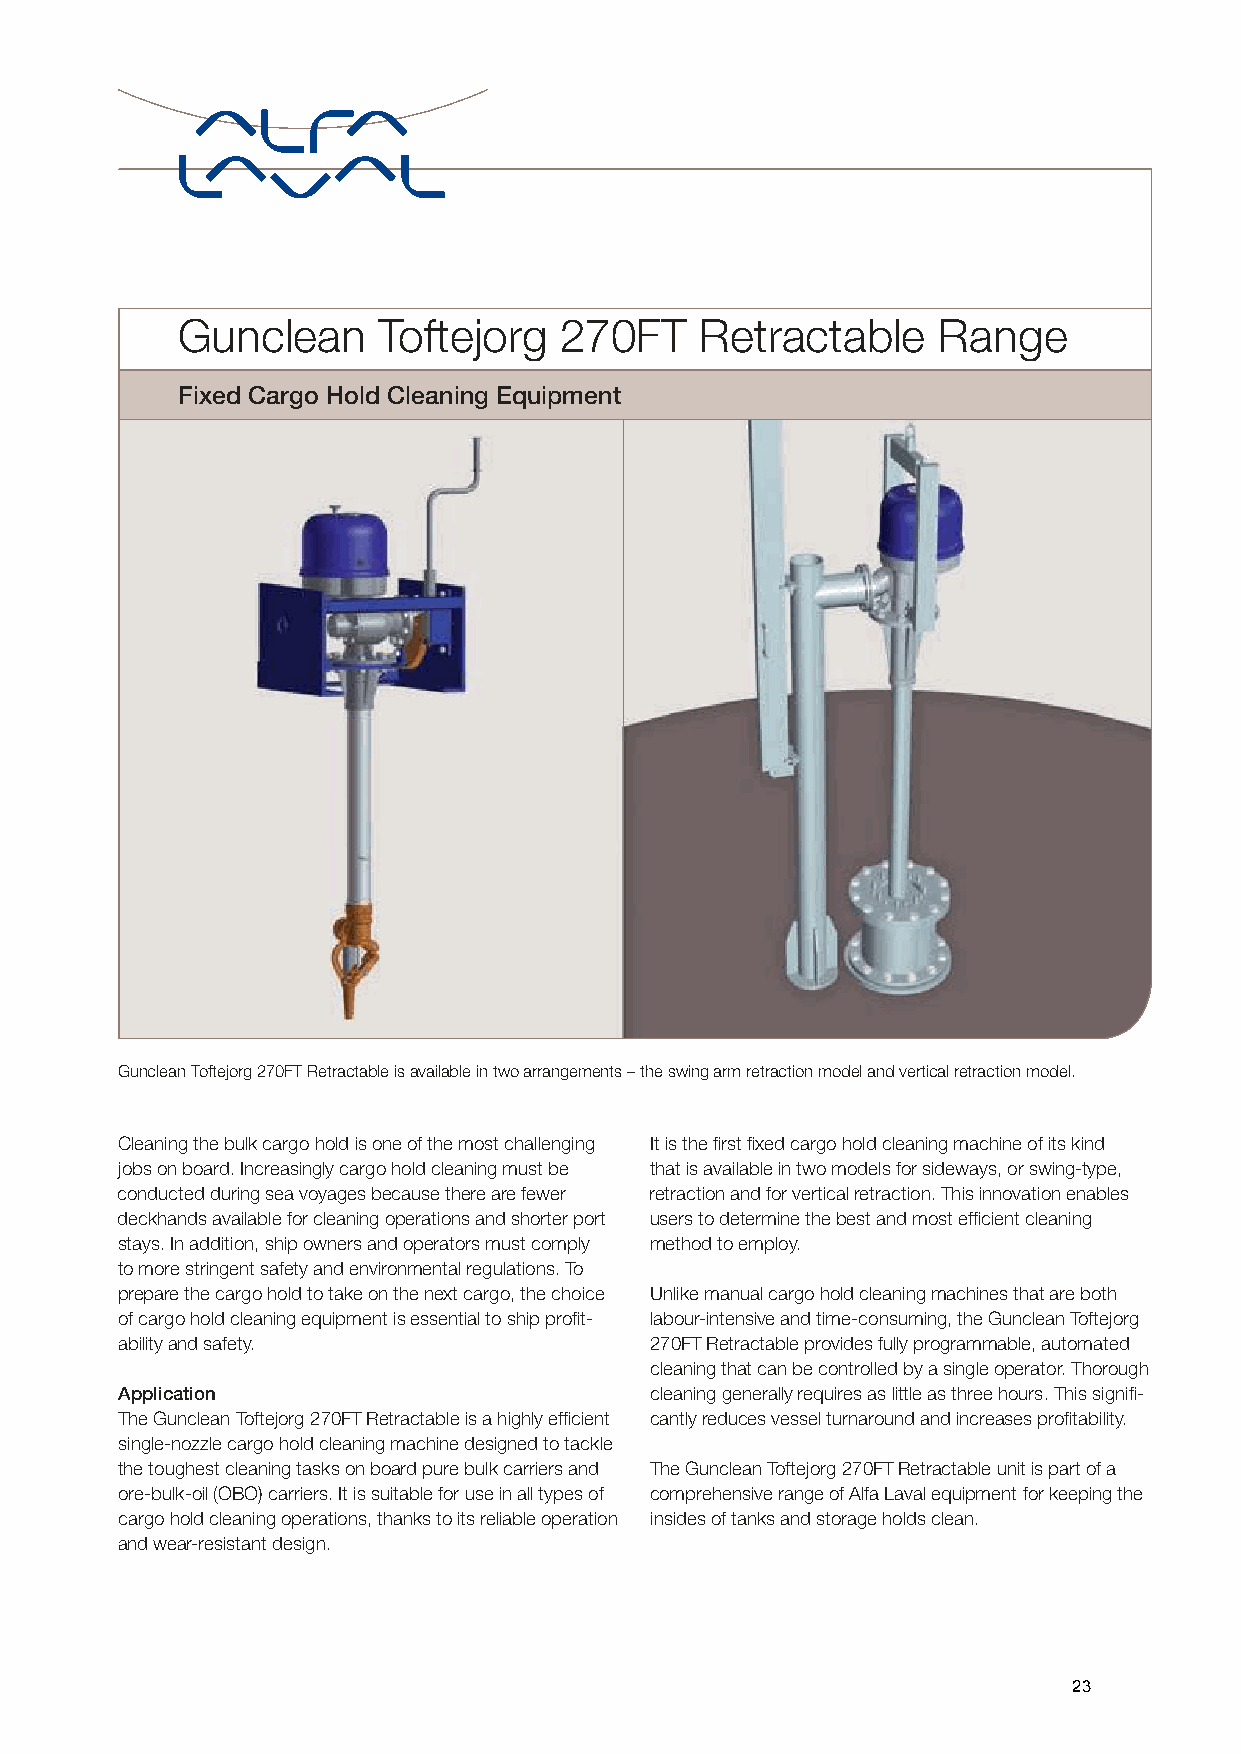
Gunclean     Toftejorg   270FT    Retractable     Range
 Fixed Cargo Hold Cleaning Equipment
 Gunclean Toftejorg 270FT Retractable is available in two arrangements – the swing arm retraction model and vertical retraction model.
 Cleaning the bulk cargo hold is one of the most challenging It is the first fixed cargo hold cleaning machine of its kind
 jobs on board. Increasingly cargo hold cleaning must be that is available in two models for sideways, or swing-type,
 conducted during sea voyages because there are fewer retraction and for vertical retraction. This innovation enables
 deckhands available for cleaning operations and shorter port users to determine the best and most efficient cleaning
 stays. In addition, ship owners and o perators must comply method to employ.
 to more stringent safety and environmental r egulations. To
 prepare the cargo hold to take on the next cargo, the choice Unlike manual cargo hold cleaning machines that are both
 of cargo hold cleaning equipment is essential to ship profit- labour-intensive and time-consuming, the Gunclean Toftejorg
 ability and safety.                270FT Retractable provides fully programmable, automated
 cleaning that can be controlled by a single operator. Thorough
 Application                        cleaning generally requires as little as three hours. This signifi-
 The Gunclean Toftejorg 270FT Retractable is a highly efficient cantly reduces vessel turnaround and increases profitability.
 single-nozzle cargo hold cleaning machine designed to tackle
 the toughest cleaning tasks on board pure bulk carriers and The Gunclean Toftejorg 270FT Retractable unit is part of a
 ore-bulk-oil (OBO) carriers. It is suitable for use in all types of comprehensive range of Alfa Laval equipment for keeping the
 cargo hold cleaning operations, thanks to its reliable operation insides of tanks and storage holds clean.
 and wear-resistant design.
 23